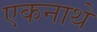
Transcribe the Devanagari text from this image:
एकनाथे